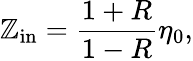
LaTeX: \mathbb{Z}_{\mathrm{{in}}}=\frac{{1+R}}{{1-R}}\eta_{0},